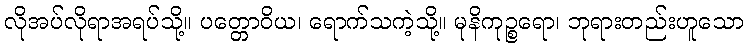
လိုအပ်လိုရာအရပ်သို့။ ပတ္တောဝိယ၊ ရောက်သကဲ့သို့။ မုနိကုဉ္စရော၊ ဘုရားတည်းဟူသော